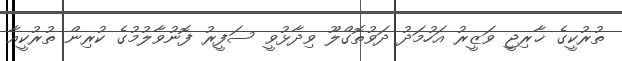
ތުރުކީގެ ޚާރިޖީ ވަޒީރު އަހުމަދު ދަވުތޮގްލޫ ވިދާޅުވީ ސަފީރު ފޮނުވާލުމުގެ ކުރިން ތުރުކީއާ